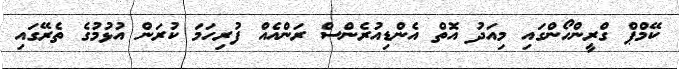
ކޭމްޕް ގްރީންހޯންގައި މިއަދު އޮތް އެންޑިއުރެންސް ރަންއެއް ފުރިހަމަ ކުރަން އުޅުމުގެ ތެރޭގައި